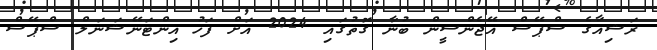
ރަޝިއާގެ ސްޕޭސް އޭޖެންސީން ބުނާ ގޮތުގައި 2024 އަށް ފަހު އިންޓަނޭޝަނަލް ސްޕޭސް